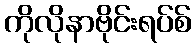
ကိုလိုနာဗိုင်းရပ်စ်